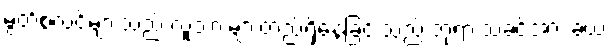
မွတ်စလင်များသည် လူသားများတည်ရှိနေခြင်းသည် ဘုရားသခင်အား ခယ